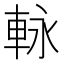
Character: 𮝊